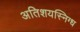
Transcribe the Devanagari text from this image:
अतिशयस्निग्ध